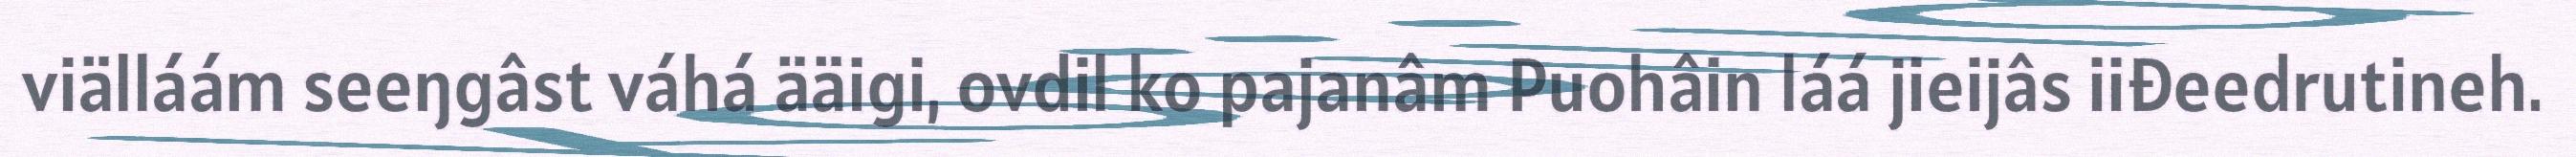
viälláám seeŋgâst váhá ääigi, ovdil ko pajanâm Puohâin láá jieijâs iiđeedrutineh.